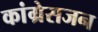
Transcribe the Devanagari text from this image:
कांग्रेसजन